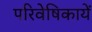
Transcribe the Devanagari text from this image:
परिवेषिकायें